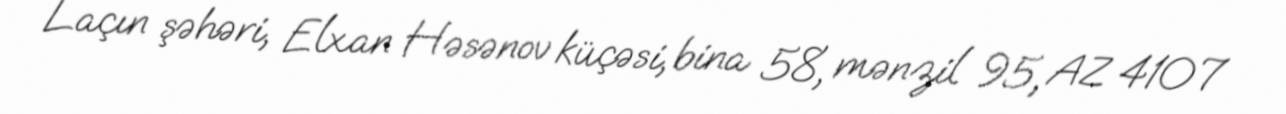
Laçın şəhəri, Elxan Həsənov küçəsi, bina 58, mənzil 95, AZ 4107